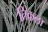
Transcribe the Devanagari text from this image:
तिकला